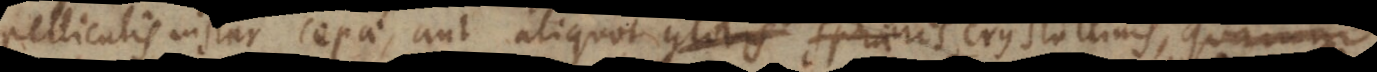
pelliculis instar cepae, aut aliquot globis sphaeris crystallinis, quarum